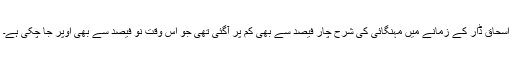
اسحاق ڈار کے زمانے میں مہنگائی کی شرح چار فیصد سے بھی کم پر آگئی تھی جو اس وقت نو فیصد سے بھی اوپر جا چکی ہے۔